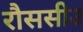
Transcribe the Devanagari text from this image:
रौससीउ